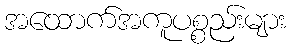
အထောက်အကူပစ္စည်းများ